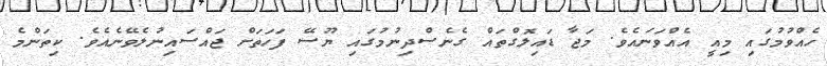
ހެއްވުމުގައި މިއީ އެއްވަނައެވެ. މަޖާ ޑައިލޮގްތައް ގެނެސްދިނުމުގައި ޔޫސޭ ފަހަތަށް ޖައްސައިނުލެވޭނެއެވެ. ކިތަންމެ